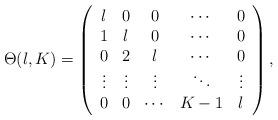
LaTeX: \begin{align*}\Theta(\l,K)=\left(\begin{array}{ccccc}\l &0&0&\cdots&0\\1&\l&0&\cdots&0\\0&2&\l&\cdots&0\\\vdots&\vdots&\vdots&\ddots&\vdots\\0&0&\cdots&K-1&\l\end{array}\right),\end{align*}